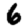
Digit: 6